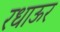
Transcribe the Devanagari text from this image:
रधाऊर